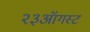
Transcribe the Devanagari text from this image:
२३ऑगस्ट